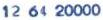
12 64 20000